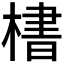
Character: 𪳛